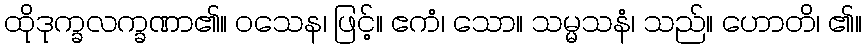
ထိုဒုက္ခလက္ခဏာ၏။ ဝသေန၊ ဖြင့်။ ဧကံ၊ သော။ သမ္မသနံ၊ သည်။ ဟောတိ၊ ၏။